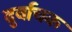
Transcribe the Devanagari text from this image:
दुर्वाचक